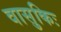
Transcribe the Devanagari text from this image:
वासुकिः